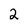
Character: 2